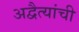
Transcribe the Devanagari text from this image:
अद्वैत्यांची